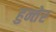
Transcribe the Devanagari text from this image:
हुन्तेर